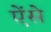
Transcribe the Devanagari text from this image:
ऐंसे